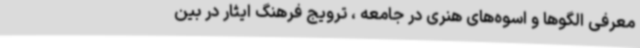
معرفی الگوها و اسوه‌های هنری در جامعه ، ترویج فرهنگ ایثار در بین